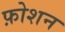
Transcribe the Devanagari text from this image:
फ़ोशन